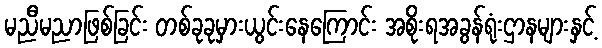
မညီမညာဖြစ်ခြင်း တစ်ခုခုမှားယွင်းနေကြောင်း အစိုးရအခွန်ရုံးဌာနများနှင့်